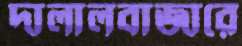
দালালবাজারে